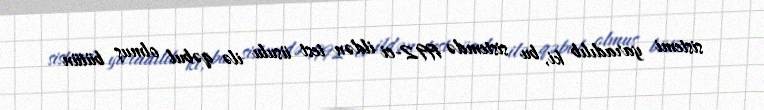
sistemi yaradılıb ki, bu sistemdə 1992-ci ildən test üsulu ilə qəbul olmuş bütün